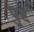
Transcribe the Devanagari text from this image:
पुष्टः